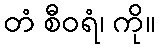
တံ စီဝရံ၊ ကို။